Document type: Sale
Year: 1461
Scribe: [Unknown]
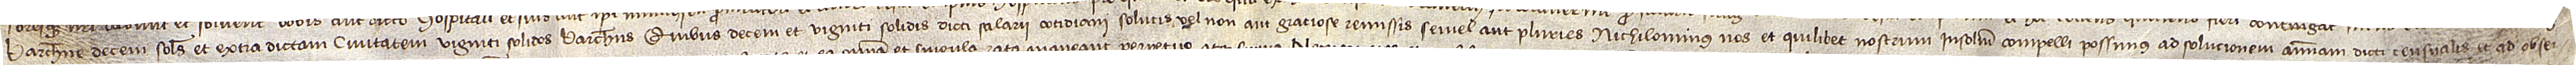
Barchinone, decem solidos, et extra dictam civitatem, viginti solidos barchinonenses. Quibus decem et viginti solidis dicti salarii cotidiani solutis vel non aut graciose remissis semel aut pluries nichilominus nos et quilibet nostrum insolidum compelli possimus ad solucionem annuam dicti censualis et ad obser-